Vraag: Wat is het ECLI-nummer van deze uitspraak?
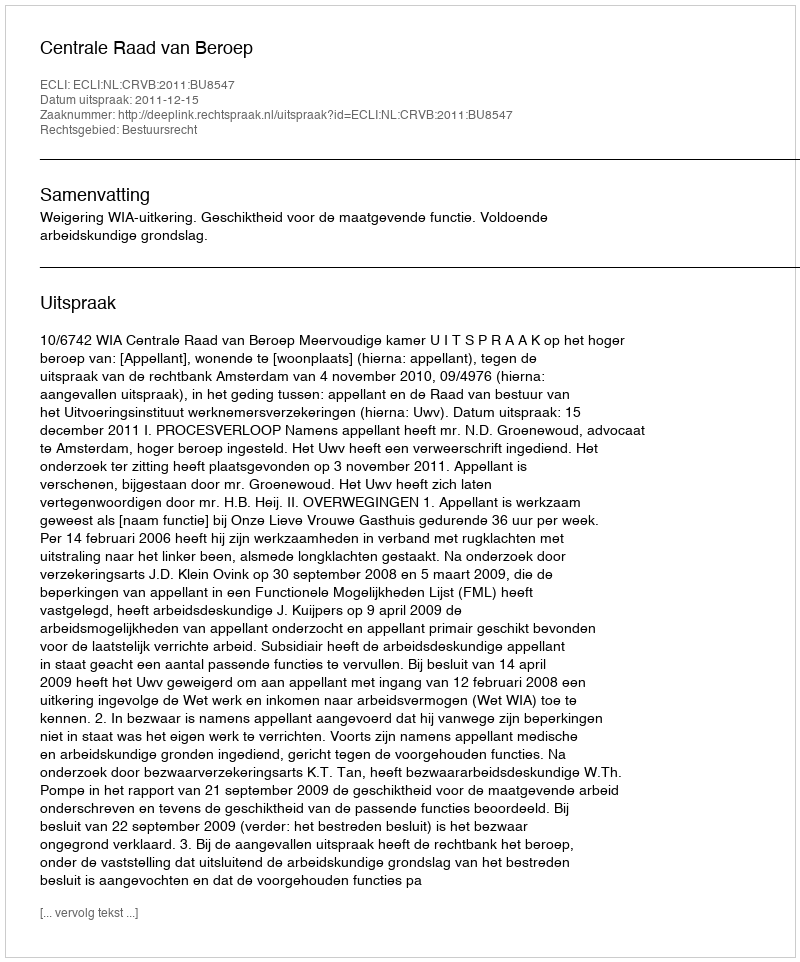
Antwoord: ECLI:NL:CRVB:2011:BU8547